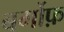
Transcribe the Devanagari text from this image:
बर्गोफ़